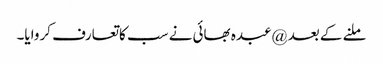
ملنے کے بعد @عبدہ بھائی نے سب کاتعارف کروایا۔